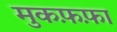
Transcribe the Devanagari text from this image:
मुकफ़फ़ा